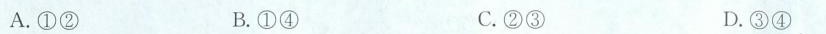
A.①② B.①④ C.②③ D.③④